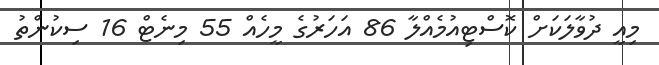
މިއީ ދުވާލަކަށް ކޮސްޓިއުމެއްލާ 86 އަހަރުގެ މީހެއް 55 މިނެޓް 16 ސިކުންތު